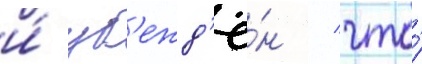
и́ уб'ежд'ё́н / что́